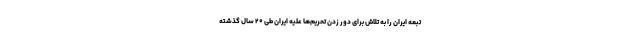
تبعه ایران را به تلاش برای دور زدن تحریم‌ها علیه ایران طی ۲۰ سال گذشته